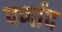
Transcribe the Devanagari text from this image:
पर्णाद